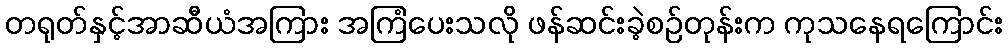
တရုတ်နှင့်အာဆီယံအကြား အကြံပေးသလို ဖန်ဆင်းခဲ့စဉ်တုန်းက ကုသနေရကြောင်း